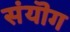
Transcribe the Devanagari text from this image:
संयॊग